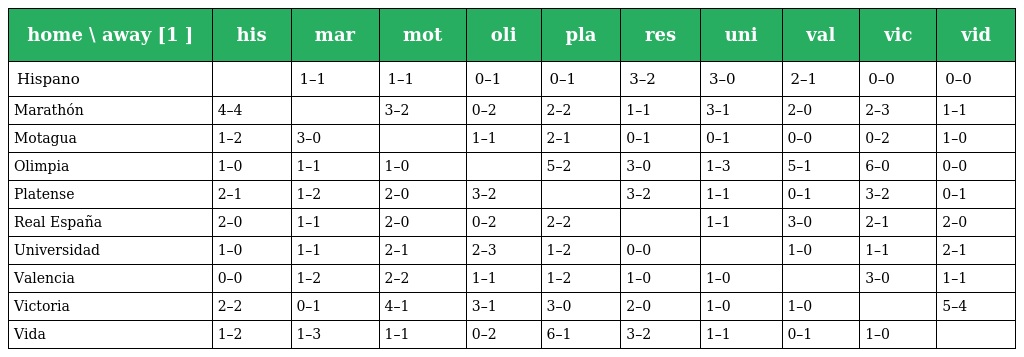
| home \ away [1 ] | his | mar | mot | oli | pla | res | uni | val | vic | vid |
 | --- | --- | --- | --- | --- | --- | --- | --- | --- | --- | --- |
 | Hispano |  | 1–1 | 1–1 | 0–1 | 0–1 | 3–2 | 3–0 | 2–1 | 0–0 | 0–0 |
 | Marathón | 4–4 |  | 3–2 | 0–2 | 2–2 | 1–1 | 3–1 | 2–0 | 2–3 | 1–1 |
 | Motagua | 1–2 | 3–0 |  | 1–1 | 2–1 | 0–1 | 0–1 | 0–0 | 0–2 | 1–0 |
 | Olimpia | 1–0 | 1–1 | 1–0 |  | 5–2 | 3–0 | 1–3 | 5–1 | 6–0 | 0–0 |
 | Platense | 2–1 | 1–2 | 2–0 | 3–2 |  | 3–2 | 1–1 | 0–1 | 3–2 | 0–1 |
 | Real España | 2–0 | 1–1 | 2–0 | 0–2 | 2–2 |  | 1–1 | 3–0 | 2–1 | 2–0 |
 | Universidad | 1–0 | 1–1 | 2–1 | 2–3 | 1–2 | 0–0 |  | 1–0 | 1–1 | 2–1 |
 | Valencia | 0–0 | 1–2 | 2–2 | 1–1 | 1–2 | 1–0 | 1–0 |  | 3–0 | 1–1 |
 | Victoria | 2–2 | 0–1 | 4–1 | 3–1 | 3–0 | 2–0 | 1–0 | 1–0 |  | 5–4 |
 | Vida | 1–2 | 1–3 | 1–1 | 0–2 | 6–1 | 3–2 | 1–1 | 0–1 | 1–0 |  |